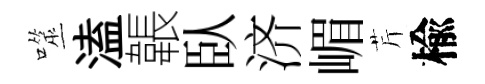
噬溘韔臥济嵋芹楡